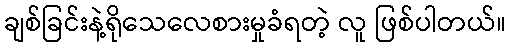
ချစ်ခြင်းနဲ့ရိုသေလေစားမှုခံရတဲ့ လူ ဖြစ်ပါတယ်။